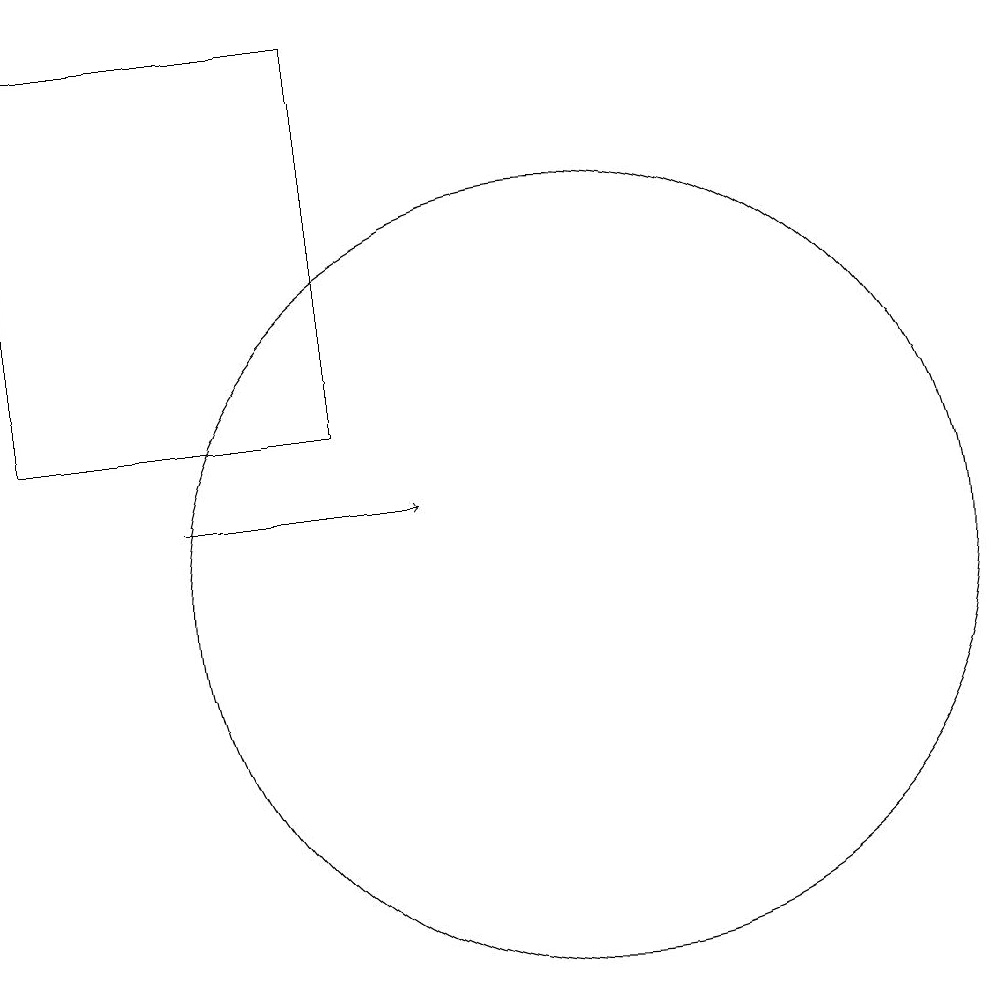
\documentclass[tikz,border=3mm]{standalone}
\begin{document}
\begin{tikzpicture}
\draw (3,18) rectangle (7,13);
\draw[->] (5,12) -- (8,12);
\draw (10,11) circle (5);
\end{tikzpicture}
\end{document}